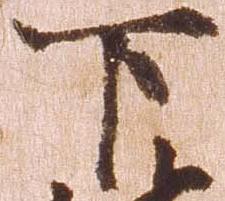
下